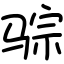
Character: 骔